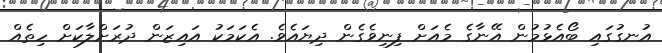
އުނގުގައި ބޯއެޅުމުން އޭނާގެ މެއަށް ފިނިވެގެން ދިޔައެވެ. އެކަމަކު އައިޒަން ދުރަށްލާކަށް ހިތެއް